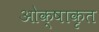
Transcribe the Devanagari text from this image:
ओक्षाकृत